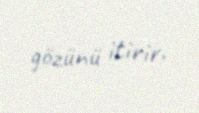
gözünü itirir.